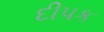
દીપક